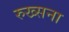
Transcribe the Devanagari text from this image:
रुख्सना